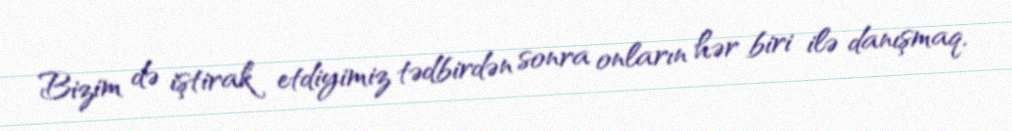
Bizim də iştirak etdiyimiz tədbirdən sonra onların hər biri ilə danışmaq,